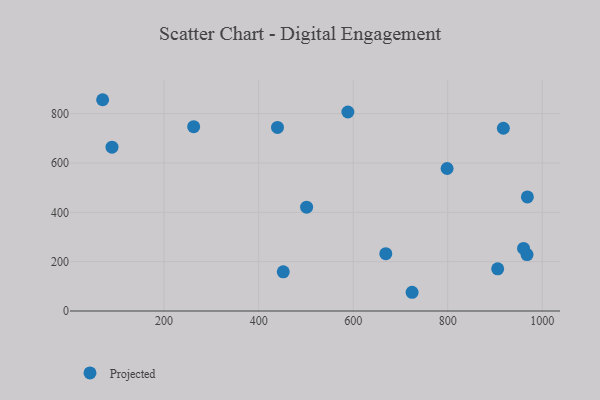
{"axis": {"x": "Distance", "y": "Exam Score"}, "legend": ["Projected"], "data": [{"x": "967.8", "y": 228.7, "type": "Projected"}, {"x": "905.7", "y": 170.9, "type": "Projected"}, {"x": "960.4", "y": 253.6, "type": "Projected"}, {"x": "89.8", "y": 664.3, "type": "Projected"}, {"x": "798.7", "y": 577.6, "type": "Projected"}, {"x": "917.7", "y": 740.8, "type": "Projected"}, {"x": "262.6", "y": 747.2, "type": "Projected"}, {"x": "669.0", "y": 232.4, "type": "Projected"}, {"x": "501.5", "y": 420.8, "type": "Projected"}, {"x": "452.1", "y": 158.7, "type": "Projected"}, {"x": "724.6", "y": 75.9, "type": "Projected"}, {"x": "439.9", "y": 744.2, "type": "Projected"}, {"x": "968.5", "y": 462.4, "type": "Projected"}, {"x": "70.0", "y": 856.5, "type": "Projected"}, {"x": "588.8", "y": 806.8, "type": "Projected"}]}